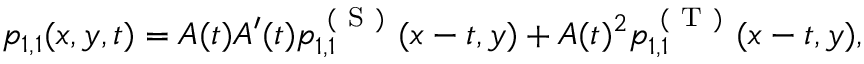
\begin{array} { r } { p _ { 1 , 1 } ( x , y , t ) = A ( t ) A ^ { \prime } ( t ) p _ { 1 , 1 } ^ { \mathrm { ~ ( ~ S ~ ) ~ } } ( x - t , y ) + A ( t ) ^ { 2 } p _ { 1 , 1 } ^ { \mathrm { ~ ( ~ T ~ ) ~ } } ( x - t , y ) , } \end{array}